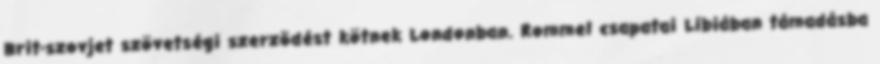
Brit-szovjet szövetségi szerzõdést kötnek Londonban. Rommel csapatai Líbiában támadásba